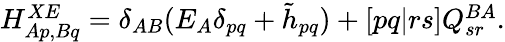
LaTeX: \begin{array}{r}{H_{Ap,Bq}^{XE}=\delta_{AB}(E_{A}\delta_{pq}+\tilde{h}_{pq})+[pq|rs]Q_{sr}^{BA}.}\end{array}